Tartu_pedagoogiumi_aruanded, lk 3
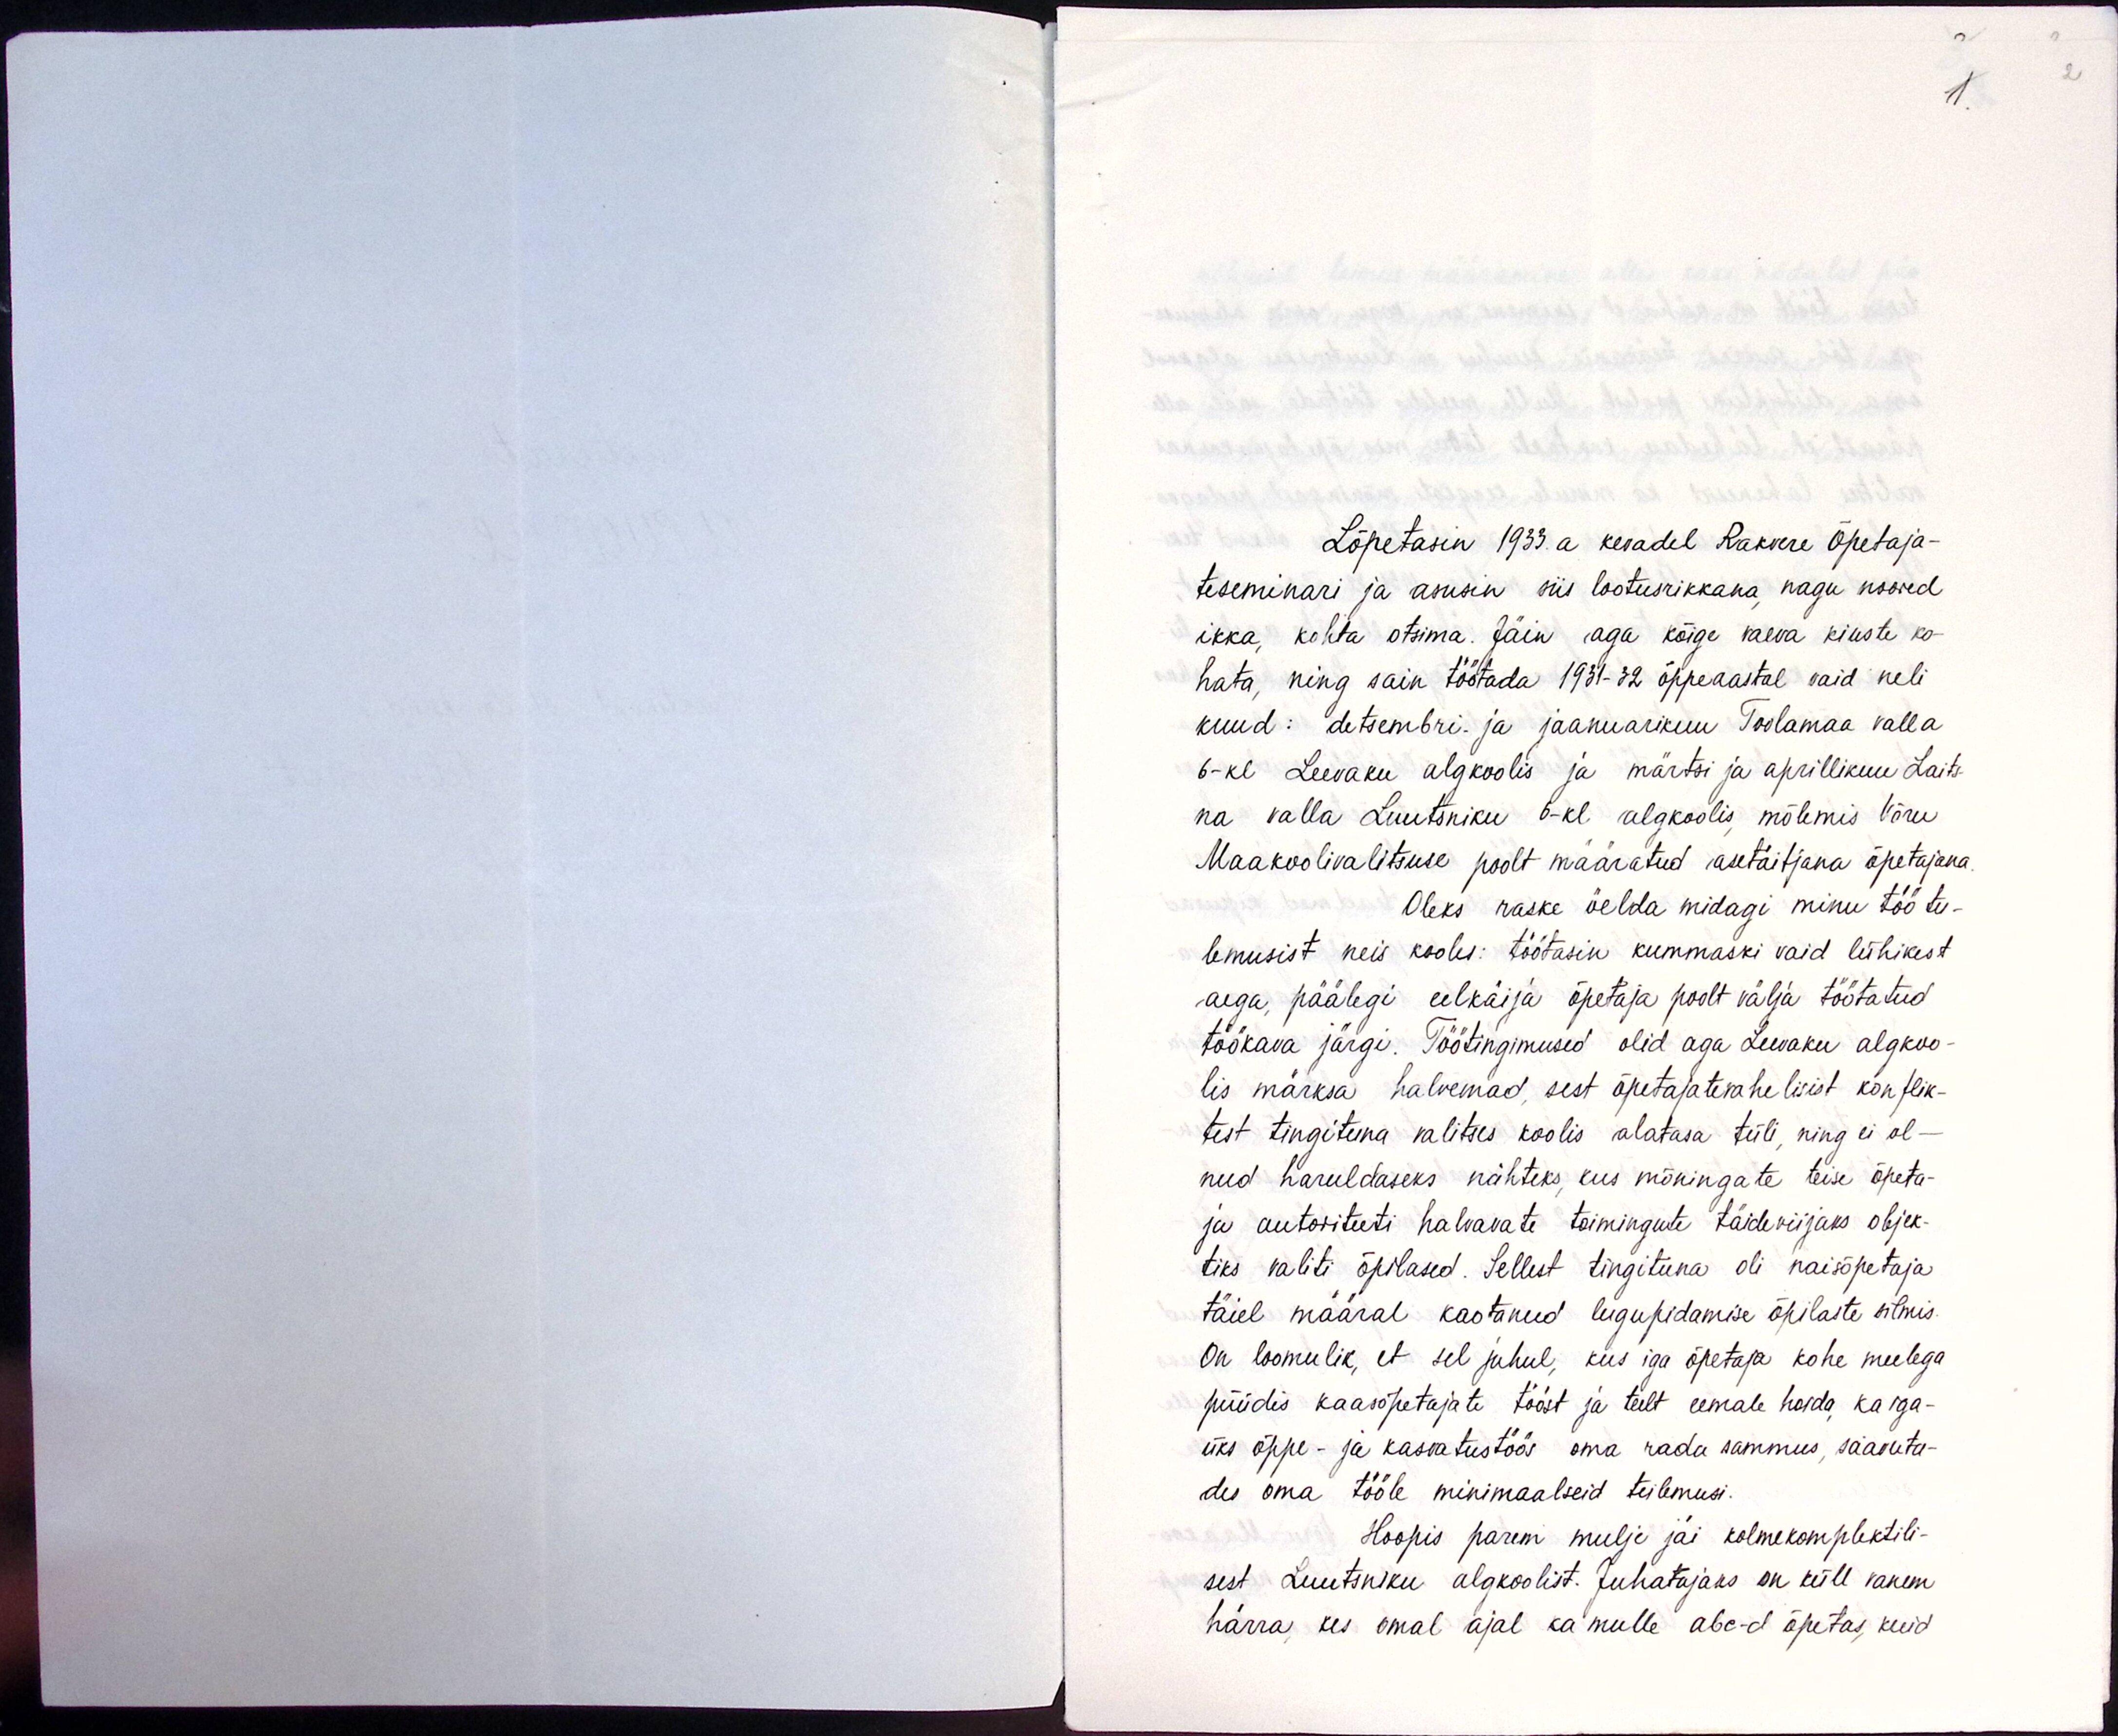
Lõpetasin 1933.a kevadel Rakvere õpetaja-
teseminari ja asusin siis lootusrikkana, nagu noored
ikka, kohta otsima. Jäin aga kõige vaeva kiuste ko-
hata, ning sain töötada 1931-32 õppeaastal vaid neli
kuud: detsembri- ja jaanuarikuu Toolamaa valla
6-kl Leevaku algkoolis ja märtsi ja aprillikuu Laits-
na valla Luutsniku 6-kl algkoolis mõlemis Võru
Maakoolivalitsuse poolt määratud asetäitjana õpetajana.
Oleks raske öelda midagi minu töö tu-
lemusist neis koolis: töötasin kummaski vaid lühikest
aega, päälegi eelkäija õpetaja poolt välja töötatud
töökava järgi. Töötingimused olid aga Leevaku algkoo-
lis märksa halvemad, sest õpetajatevahelisist konflik-
test tingituna valitses koolis alatasa tüli ning ei ol-
nud haruldaseks nähteks, kus mõningate teise õpeta-
ja autoriteeti halvavate toimingute täideviijaks objek-
tiks valiti õpilased. Sellest tingituna oli naisõpetaja
täiel määral kaotanud lugupidamise õpilaste silmis.
On loomulik, et sel juhul, kus iga õpetaja kohe meelega
püüdis kaasõpetajate tööst ja teelt eemale hoida ka iga-
üks õppe- ja kasvatustöös oma rada sammus, saavuta-
des oma tööle minimaalseid tulemusi.
Hoopis parem mulje jäi kolmekomplektili-
sest Luutsniku algkoolist. Juhatajaks on küll vanem
härra, kes omal ajal ka mulle abc-d õpetas, kuid